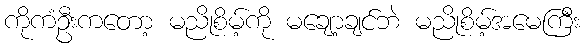
ကိုကံဦးကတော့ မညိုစိမ့်ကို မချော့ချင်ဘဲ မညိုစိမ့်အမေကြီး